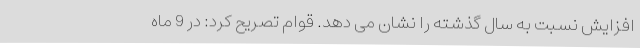
افزایش نسبت به سال گذشته را نشان می دهد. قوام تصریح کرد: در 9 ماه